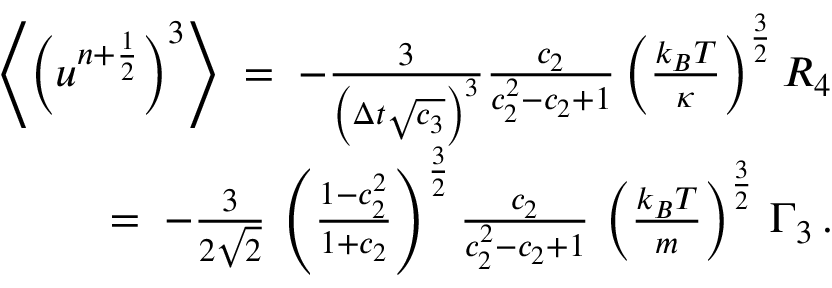
\begin{array} { r l r } & { } & { \left\langle \left( u ^ { n + \frac { 1 } { 2 } } \right) ^ { 3 } \right\rangle \; = \; - \frac { 3 } { \left( \Delta { t } \sqrt { c _ { 3 } } \right) ^ { 3 } } \frac { c _ { 2 } } { c _ { 2 } ^ { 2 } - c _ { 2 } + 1 } \left( \frac { k _ { B } T } { \kappa } \right) ^ { \frac { 3 } { 2 } } { \cal R } _ { 4 } } \\ & { } & { = \; - \frac { 3 } { 2 \sqrt { 2 } } \, \left( \frac { 1 - c _ { 2 } ^ { 2 } } { 1 + c _ { 2 } } \right) ^ { \frac { 3 } { 2 } } \frac { c _ { 2 } } { c _ { 2 } ^ { 2 } - c _ { 2 } + 1 } \, \left( \frac { k _ { B } T } { m } \right) ^ { \frac { 3 } { 2 } } \, \Gamma _ { 3 } \, . } \end{array}